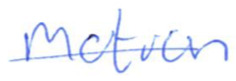
Text: motion
Cross-out: single-line
Writing tool: ballpoint